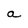
Character: a